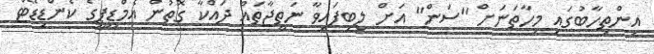
އިންތިހާބުގައި މިހާތަނަށް "ސަން" އަށް ލިބިފައިވާ ނަތީޖާތައް ދައްކާ ގޮތުން އެމްޑީޕީގެ ކެންޑިޑޭޓް